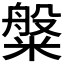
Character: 𬖯